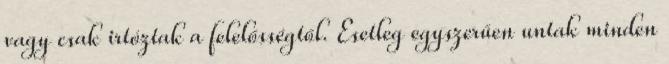
vagy csak irtóztak a felelősségtől. Esetleg egyszerűen untak minden